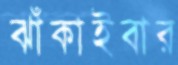
ঝাঁকাইবার